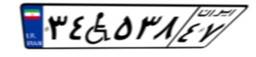
۹۷W۹۴۴۵۴